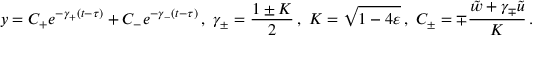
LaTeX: y = C _ { + } e ^ { - \gamma _ { + } ( t - \tau ) } + C _ { - } e ^ { - \gamma _ { - } ( t - \tau ) } \, , \ \gamma _ { \pm } = \frac { 1 \pm K } { 2 } \, , \ K = \sqrt { 1 - 4 \varepsilon } \, , \ C _ { \pm } = \mp \frac { \tilde { w } + \gamma _ { \mp } \tilde { u } } { K } \, .